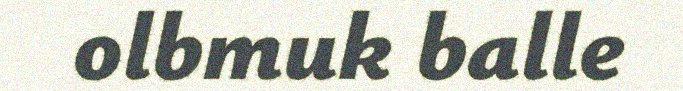
olbmuk balle